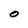
Character: O